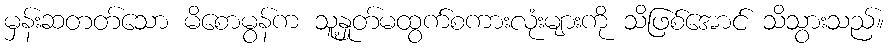
မှန်းဆတတ်သော မိစောမွန်က သူ့နှုတ်မထွက်စကားလုံးများကို သိဖြစ်အောင် သိသွားသည်။